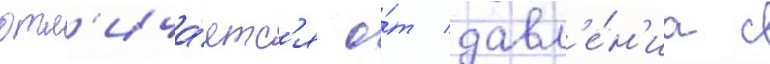
отл'ича́етс'я о́т давл'е́н'иа с